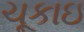
ચૂકાઇ